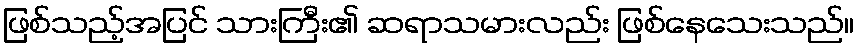
ဖြစ်သည့်အပြင် သားကြီး၏ ဆရာသမားလည်း ဖြစ်နေသေးသည်။